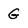
Character: G